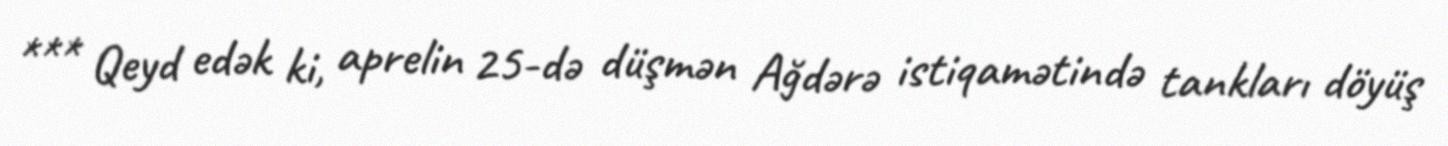
*** Qeyd edək ki, aprelin 25-də düşmən Ağdərə istiqamətində tankları döyüş